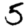
Digit: 5